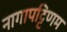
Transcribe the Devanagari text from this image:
नागापट्टिणम